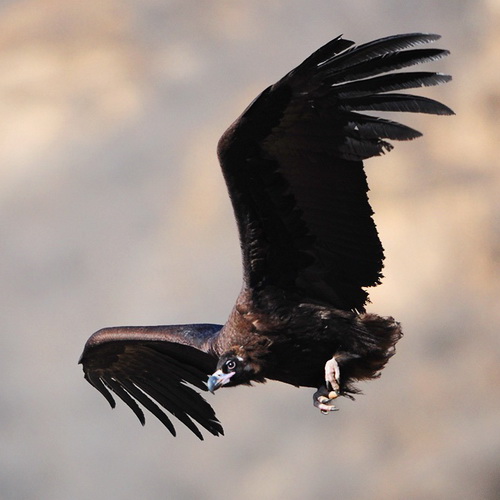
罩向金笼好羽仪，分明喉舌似君稀。